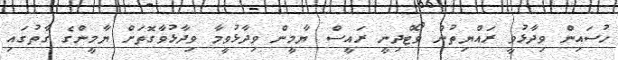
ހުސައިން ވިދާޅުވީ ރައްޔިތުން ވޯޓްދިނީ ރައީސް ޔާމީން ވިދާޅުވީމާ ވިދާޅުވާގޮތަށް ޔާމީންގެ ގާތުގައި